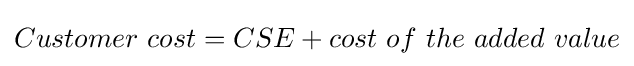
Customer\ cost=CSE+cost\ of\ the\ added\ value